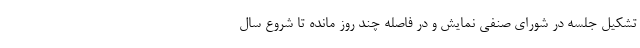
تشکیل جلسه در شورای صنفی نمایش و در فاصله چند روز مانده تا شروع سال